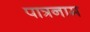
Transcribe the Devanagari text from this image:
पात्रनाम